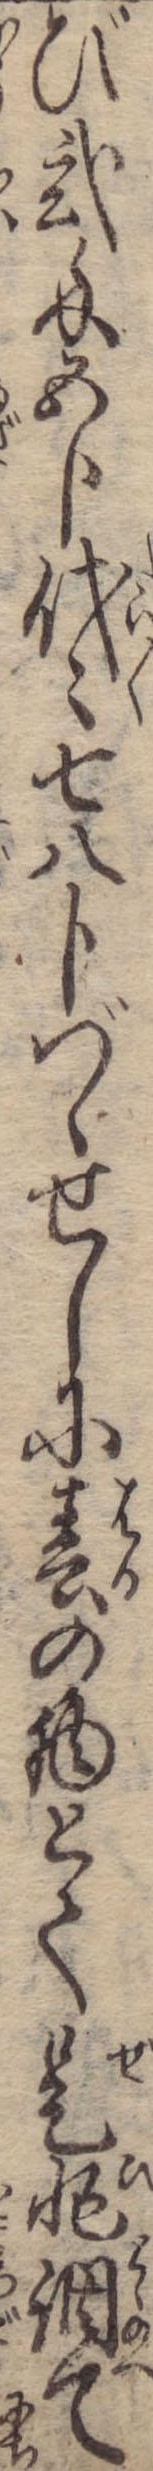
び弐匁五分代々七八分づゝせしに春の物とて是非調て